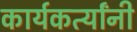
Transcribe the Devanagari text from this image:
कार्यकर्त्यांंनी